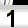
Digit: 1